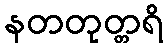
နတတုတ္တရိ